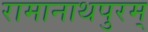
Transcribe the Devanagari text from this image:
रामानाथपुरम्